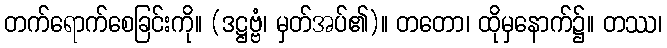
တက်ရောက်စေခြင်းကို။ (ဒဋ္ဌဗ္ဗံ၊ မှတ်အပ်၏)။ တတော၊ ထိုမှနောက်၌။ တဿ၊